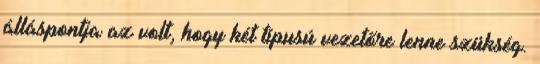
álláspontja az volt, hogy két típusú vezetőre lenne szükség.